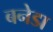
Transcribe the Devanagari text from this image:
बनेडा